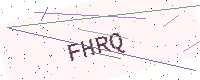
Text: FHRQ